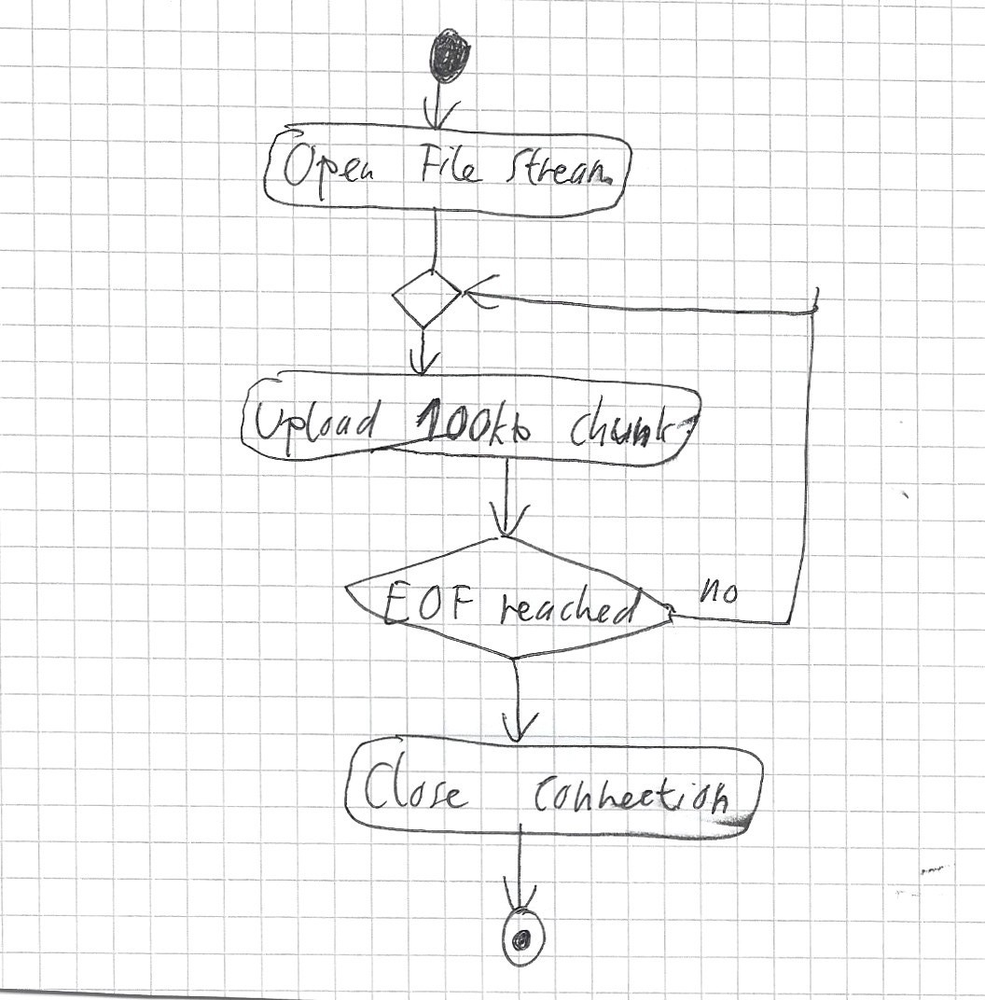
Diagram type: activity_diagram
```plantuml
@startuml

start
:Open File stream;
repeat
  :Upload 100kb chunk;
repeat while (EOF reached) is (no)
:Close connection;
stop

@enduml
```